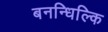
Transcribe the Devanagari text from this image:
बनन्धिल्कि